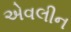
એવલીન